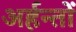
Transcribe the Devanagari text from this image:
अर्हन्तों